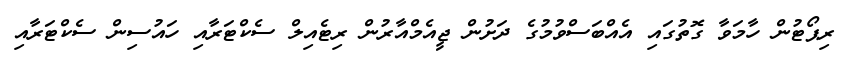
ރިޕޯޓުން ހާމަވާ ގޮތުގައި އެއްބަސްވުމުގެ ދަށުން ޖީއެމްއާރުން ރިޓެއިލް ސެކްޓަރާއި ހައުސިން ސެކްޓަރާއި